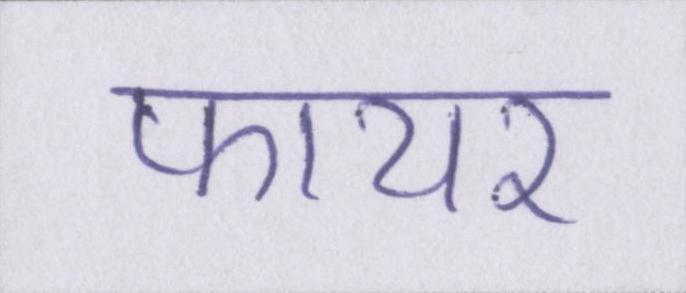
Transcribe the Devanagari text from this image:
फायर